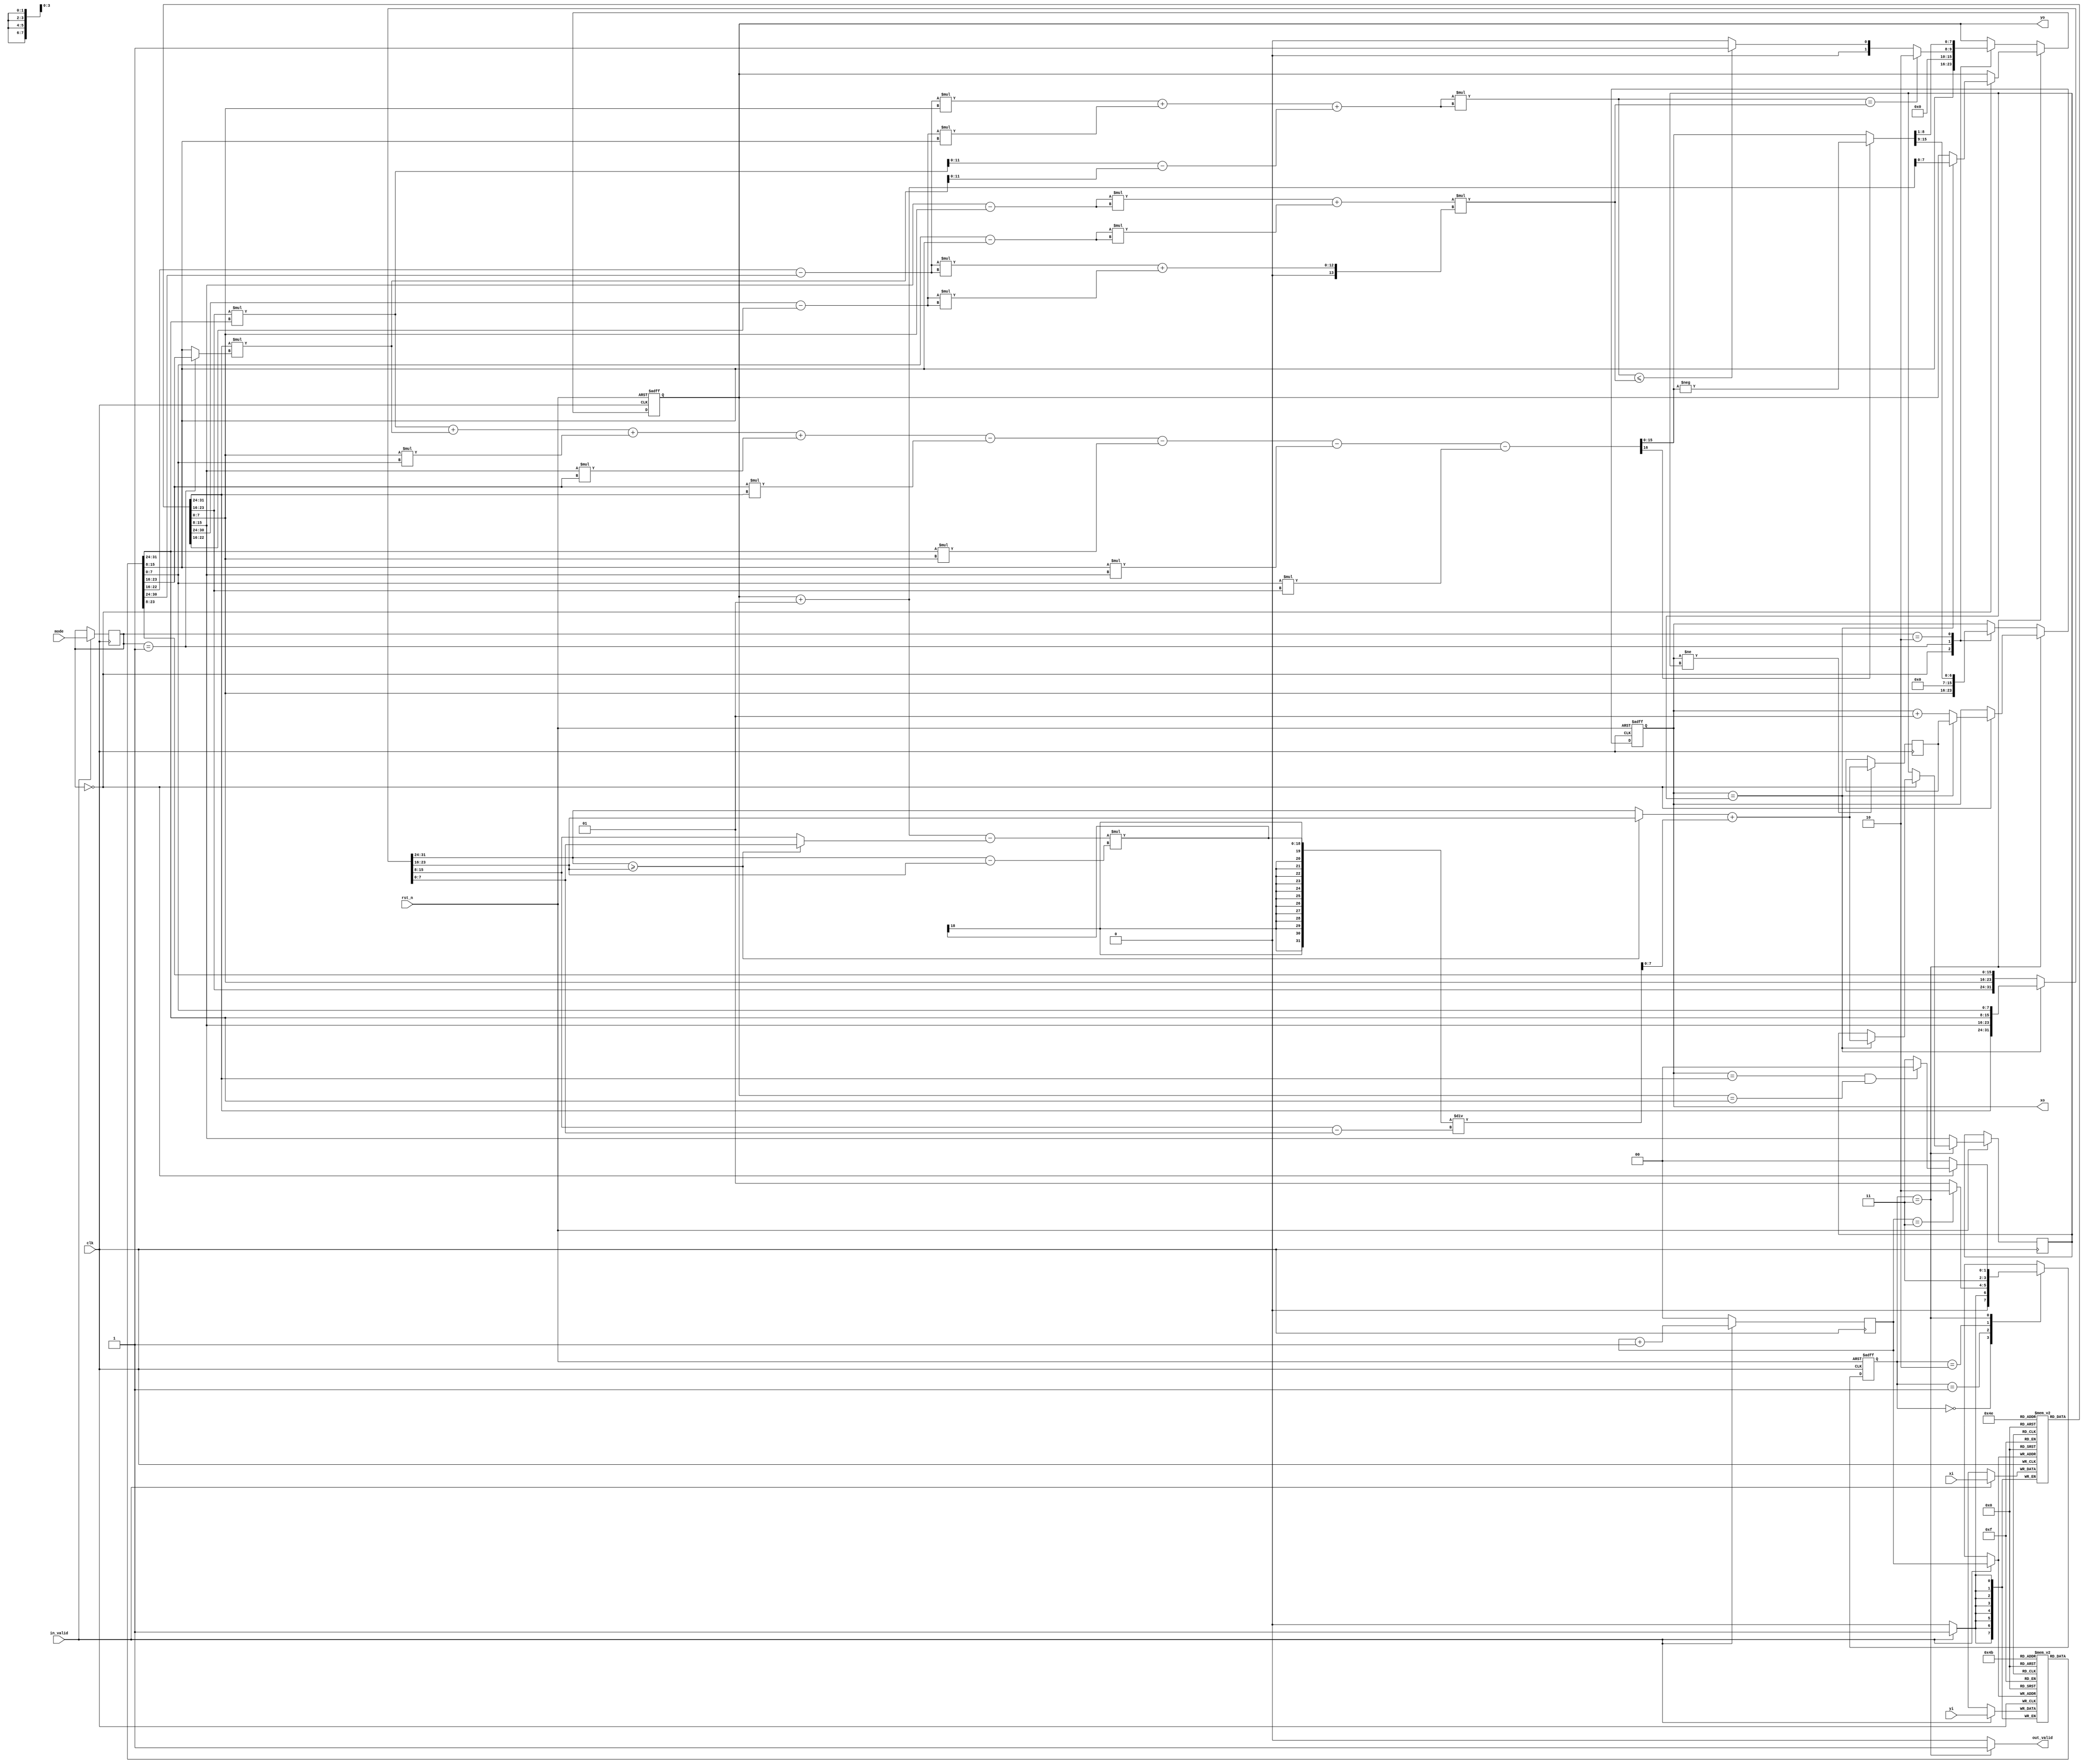
module CC(
    //Input Port
    clk,
    rst_n,
	in_valid,
	mode,
    xi,
    yi,

    //Output Port
    out_valid,
	xo,
	yo
    );

input               clk, rst_n, in_valid; 
input       [1:0]   mode;
input signed [7:0]   xi, yi;  

output reg          out_valid;
output reg signed [7:0]   xo, yo;
//==============================================//
//             Parameter and Integer            //
//==============================================//
parameter idle=2'd0;
parameter Input=2'd1;
parameter modestate=2'd2;
parameter out=2'd3;
reg [1:0]state,nextstate;
reg [1:0]modereg;
reg signed [7:0]x[0:3];
reg signed [7:0]y[0:3];
reg signed [7:0]x_left,x_right,x_new_right,x_tmp_left,x_tmp_right;
reg signed[15:0]tmptmp,ctmp;
reg signed[8:0]atmp,btmp;
reg [1:0]count;
reg signed[7:0]bound;
reg signed [7:0]x1tmp,x2tmp,y1tmp,y2tmp;
reg signed [6:0] a,b;
reg signed[11:0]c;
reg [11:0]caltmp5,caltmp6;
reg signed [11:0]caltmp3;
reg signed [12:0]caltmp4;
reg signed [13:0]caltmp7;
reg signed [15:0]caltmp1,caltmp2;
reg signed [12:0]caltmp8;
reg signed [7:0]yotmp;
reg signed [16:0]tmparea;
reg signed [15:0]tmp;
reg [14:0]area;
reg [23:0]linetocircle;
reg [23:0]radius;
reg cmp;
reg signed [7:0]xtmp,ytmp;
/*Input*/
always @(posedge clk) begin
    if (in_valid) begin
        x[count]<=xi;
        y[count]<=yi;
        count<=count+1;
        modereg<=mode;
    end
    else count<=0;
end
/*Output*/
always @(posedge clk or negedge rst_n) begin
    if (!rst_n) begin
        state<=idle;
        xo<=8'd0;
        yo<=8'd0;
    end
    else begin
        state<=nextstate;
        if (state==out) begin
            case (modereg)
                2'd0:begin
                    if (xo==x_new_right) begin
                        xo<=x_left;
                        yo<=yo+1;
                        x_new_right<=x_right;
                    end
                    else begin
                        yo<=yo;
                        xo<=xo+1;
                    end 
                end
            endcase
        end
        else begin
            x_new_right<=x[3];
            case (modereg)
                2'd0:begin
                    xo<=x[2];
                    yo<=y[2];
                end 
                2'd1:begin
                    xo<=8'd0;
                    yo<=yotmp;
                end
                2'd2:begin
                    xo<=area[14:8];
                    yo<=area[7:0];
                end
            endcase
        end
    end
end
/*FSM*/
always @(*) begin
    case (state)
        idle:nextstate=in_valid?Input:idle;
        Input:begin
            if ((count==3)) nextstate=modestate;
            else nextstate=Input;
        end
        modestate:nextstate=out;
        out:begin
            case (modereg)
                2'd0:begin
                    if ((xo==x[1])&&(yo==y[1])) nextstate=idle;               
                    else nextstate=out;
                end
                default: nextstate=idle;
            endcase
        end    
    endcase
end
/*Calculate for mode_1 and mode_2*/
always @(*) begin
    a=y[0]-y[1];
    b=x[1]-x[0];
    caltmp1=x[0]*y[1];
    caltmp2=x[1]*((modereg==1)?y[0]:y[2]);
    caltmp3=(x[3]-x[2])*(x[3]-x[2]);
    caltmp4=(y[3]-y[2])*(y[3]-y[2]);
    caltmp5=a*a;
    caltmp6=b*b;
    c=caltmp1-caltmp2;
    caltmp7=caltmp5+caltmp6;
    radius=(caltmp3+caltmp4)*caltmp7;
    caltmp8=a*x[2]+b*y[2]+c;
    linetocircle=caltmp8*caltmp8;
    if (linetocircle==radius) yotmp=8'd2;
    else if (linetocircle<=radius) yotmp=8'd1;
    else yotmp=8'd0;
    caltmp5=a*a;
    caltmp6=b*b;
    caltmp7=caltmp5+caltmp6;
    c=caltmp1-caltmp2;
    radius=(caltmp3+caltmp4)*caltmp7;
    tmparea=caltmp1+caltmp2+x[2]*y[3]+x[3]*y[0]-y[0]*x[1]-y[1]*x[2]-y[2]*x[3]-y[3]*x[0];
    if (tmparea[16]==0) tmp=tmparea;
    else tmp=-tmparea;
    area=tmp>>1;
end
/*Calculate for mode_0*/
always @(*) begin
    {x1tmp,x2tmp,y1tmp,y2tmp}=(xo==x_new_right)?{x[1],x[3],y[1],y[3]}:{x[0],x[2],y[0],y[2]};
    cmp=x1tmp>=x2tmp;
    atmp=x1tmp-x2tmp;
    btmp=y1tmp-y2tmp;
    xtmp=cmp?x2tmp:x1tmp;
    ytmp=cmp?y2tmp:y1tmp;
    bound=xtmp+((yo+1-ytmp)*atmp/btmp);
end
/*out_valid*/
always @(*) begin
    case (state)
        out:out_valid=1'b1;
        default: out_valid=1'b0;
    endcase
end
/*x_left*/
always @(posedge clk) begin
    if (xo!=x_new_right) x_left<=bound;
end
/*x_right*/
always @(*) begin
    if (xo==x_new_right) x_right=bound;
    else x_right=8'd0;
end
endmodule